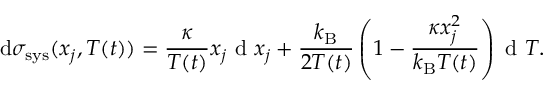
\mathrm { d } \sigma _ { \mathrm { s y s } } ( x _ { j } , T ( t ) ) = \frac { \kappa } { T ( t ) } x _ { j } \textrm { d } x _ { j } + \frac { k _ { \mathrm { B } } } { 2 T ( t ) } \left( 1 - \frac { \kappa x _ { j } ^ { 2 } } { k _ { \mathrm { B } } T ( t ) } \right) \textrm { d } T .